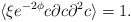
\begin{align*}\langle \xi e^{-2\phi}c\partial c\partial^2 c \rangle =1.\end{align*}